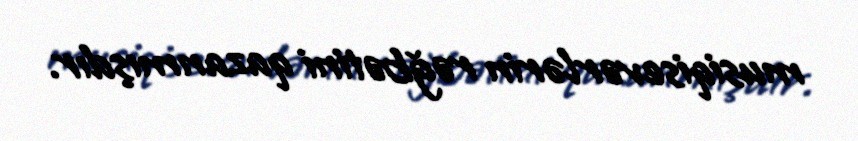
musiqisevərlərin rəğbətini qazanmışdır.